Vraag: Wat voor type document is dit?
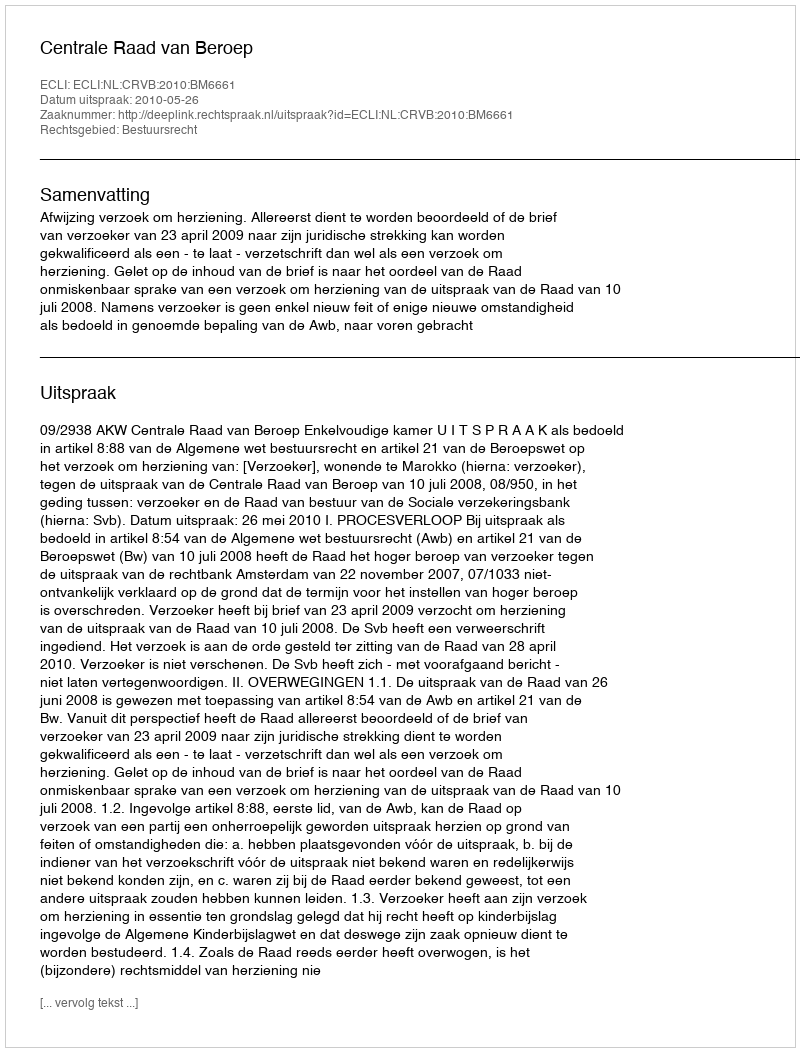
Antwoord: Uitspraak